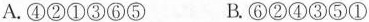
A.④②①③⑥⑤ B.⑥②④③⑤①